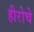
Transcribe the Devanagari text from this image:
हीरोचे